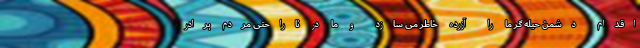
اقدام دشمن حیله گر ما را آزرده خاطر می سازد و ما در ناراحتی مردم برادر